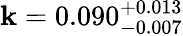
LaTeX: \mathbf{k}=0.090_{-0.007}^{+0.013}